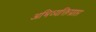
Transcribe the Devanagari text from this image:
अभिव्यक्तिप्राप्त